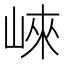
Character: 崍